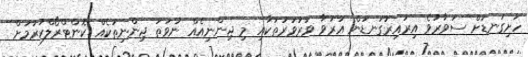
ހަށިގަނޑަށް ސަވާރުވެ އިރުއިރުގަނޑުން އަރުވާ ވަރުވަރުތަކާއި މި ޖިންނިއެއް ނުވަތަ ޖިންނިތަކެއް ކޮންޓްރޯލްކުރުމަށް